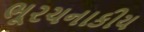
ભૂરચનાકીય